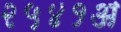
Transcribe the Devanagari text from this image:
२५४१अ